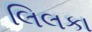
લિલકા